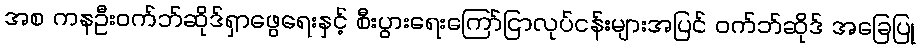
အစ ကနဦးဝက်ဘ်ဆိုဒ်ရှာဖွေရေးနှင့် စီးပွားရေးကြော်ငြာလုပ်ငန်းများအပြင် ဝက်ဘ်ဆိုဒ် အခြေပြု